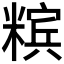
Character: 𰫉